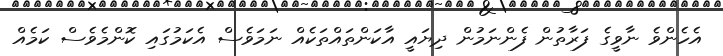
އެހެންވެ ނާވީގެ ފަރާތުން ފެންނަމުން ދިޔައީ އާކަންތައްތަކެއް ނަމަވެސް އެކަމުގައި ކޮންމެވެސް ކަމެއް